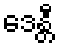
ဒေန္တီ